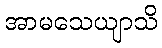
အာမသေယျာသိ